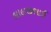
લાલજીભાઈ